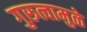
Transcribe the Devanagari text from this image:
गुरुत्वामुळे